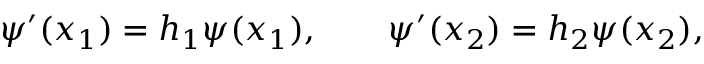
\psi ^ { \prime } ( x _ { 1 } ) = h _ { 1 } \psi ( x _ { 1 } ) , \qquad \psi ^ { \prime } ( x _ { 2 } ) = h _ { 2 } \psi ( x _ { 2 } ) ,